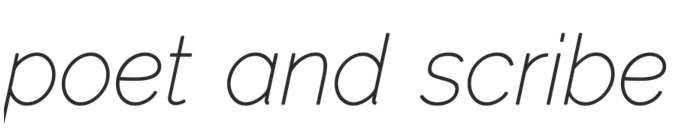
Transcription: poet and scribe